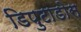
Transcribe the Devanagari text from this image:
डिपुटाडोस